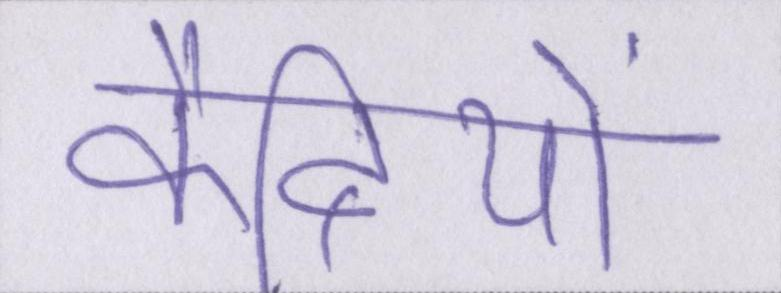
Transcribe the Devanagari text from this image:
कैदियों